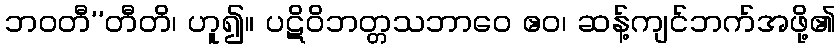
ဘဝတီ’’တီတိ၊ ဟူ၍။ ပဋိဝိဘတ္တသဘာဝေ ဧဝ၊ ဆန့်ကျင်ဘက်အဖို့၏